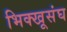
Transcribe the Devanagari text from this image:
भिक्खूसंघ